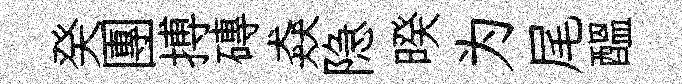
癸團搏磚猋隐暌为尾醖